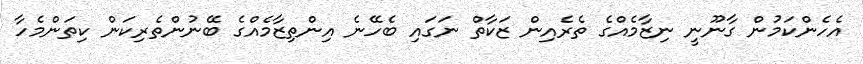
އެހެންކަމުން ގާނޫނީ ނިޒާމެއްގެ ތެރެއިން ޒަކާތް ނަގައި ބެހޭނެ އިންތިޒާމެއްގެ ބޭނުންތެރިކަން ކިތަންމެހާ